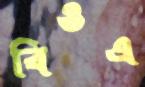
বিওএ